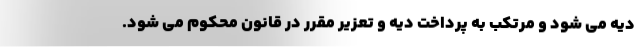
دیه می شود و مرتکب به پرداخت دیه و تعزیر مقرر در قانون محکوم می شود.